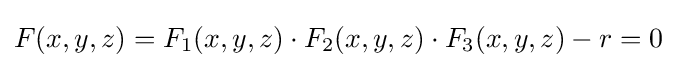
F(x,y,z)=F_{1}(x,y,z)\cdot F_{2}(x,y,z)\cdot F_{3}(x,y,z)-r=0